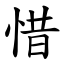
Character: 惜